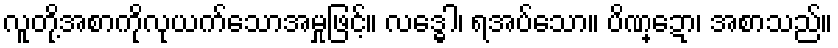
လူတို့အစာကိုလုယက်သောအမှုဖြင့်။ လဒ္ဓေါ၊ ရအပ်သော။ ပိဏ္ဍော၊ အစာသည်။